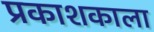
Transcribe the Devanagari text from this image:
प्रकाशकाला